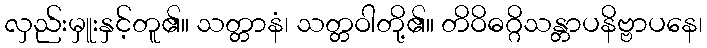
လှည်းမှူးနှင့်တူ၏။ သတ္တာနံ၊ သတ္တဝါတို့၏။ တိဝိဓဂ္ဂိသန္တာပနိဗ္ဗာပနေ၊